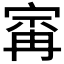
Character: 𰍆